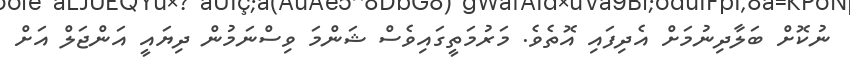
ނުކޮށް ބަލާދިނުމަށް އެދިފައި އޮތެވެ. މަރުމަތީގައިވެސް ޝަންމަ ވިސްނަމުން ދިޔައީ އަންޖަލް އަށް